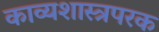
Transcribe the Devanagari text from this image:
काव्यशास्त्रपरक